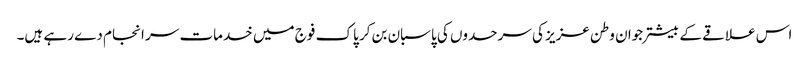
اس علاقے کے بیشتر جوان وطن عزیز کی سرحدوں کی پاسبان بن کر پاک فوج میں خدمات سر انجام دے رہے ہیں۔